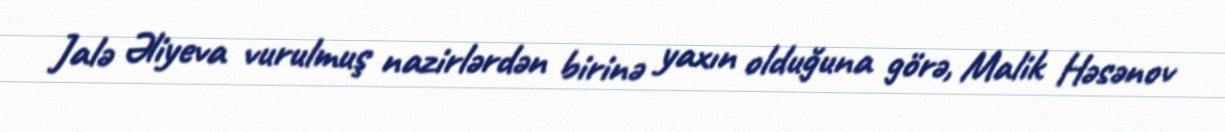
Jalə Əliyeva vurulmuş nazirlərdən birinə yaxın olduğuna görə, Malik Həsənov